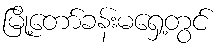
မြို့တော်ခန်းမရှေ့တွင်